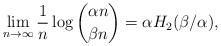
LaTeX: \begin{align*} \lim_{n\to\infty} \frac{1}{n} \log \binom{\alpha n}{\beta n} = \alpha H_2 (\beta/\alpha),\end{align*}